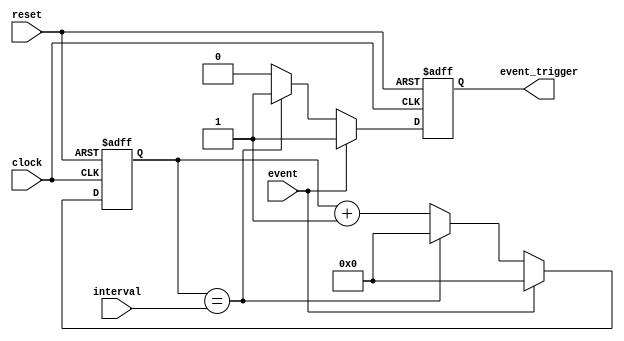
module event_timer (
    input clock,
    input reset,
    input event,
    input [7:0] interval,
    output reg event_trigger
);

reg [7:0] counter;

always @(posedge clock or posedge reset) begin
    if (reset) begin
        counter <= 0;
        event_trigger <= 0;
    end else begin
        if (event) begin
            counter <= 0;
            event_trigger <= 1;
        end else begin
            if (counter == interval) begin
                counter <= 0;
                event_trigger <= 1;
            end else begin
                counter <= counter + 1;
                event_trigger <= 0;
            end
        end
    end
end

endmodule